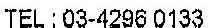
TEL: 03-4296 0133